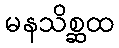
မနသိစ္ဆထ